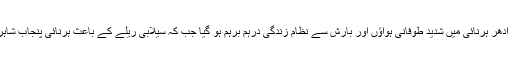
خیبرپختونخوا کے بھی اکثر مقامات پر بادل خوب برسے ، ادھر ہرنائی میں شدید طوفانی ہواؤں اور بارش سے نظام زندگی درہم برہم ہو گیا جب کہ سیلابی ریلے کے باعث ہرنائی پنجاب شاہراہ پر ٹریفک معطل اور ، سروتی حفاظتی بند بھی ٹوٹ گیا۔